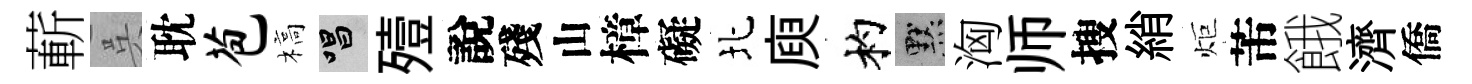
蔪呉耽苞槁唱殪說殘山樟礙北庾杓默洶师搜綃炬芾餓濟僑